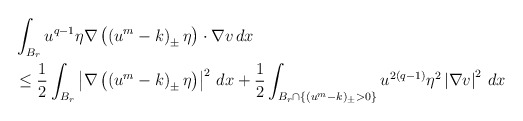
\begin{align*}\begin{aligned}&\int_{B_r}u^{q-1}\eta\nabla\left(\left(u^m-k\right)_\pm\eta\right)\cdot\nabla v\,dx\\&\leq \frac{1}{2}\int_{B_r}\left|\nabla\left(\left(u^m-k\right)_\pm\eta\right)\right|^2\,dx+\frac{1}{2}\int_{B_r\cap\left\{(u^m-k)_\pm>0\right\}}u^{2(q-1)}\eta^2\left|\nabla v\right|^2\,dx\end{aligned}\end{align*}